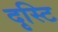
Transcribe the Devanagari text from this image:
दृस्टि